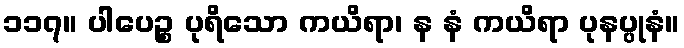
၁၁၇။ ပါပေဉ္စ ပုရိသော ကယိရာ၊ န နံ ကယိရာ ပုနပ္ပုနံ။